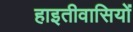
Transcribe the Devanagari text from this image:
हाइतीवासियों